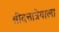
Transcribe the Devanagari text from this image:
श्रीदत्तात्रेयाला